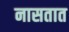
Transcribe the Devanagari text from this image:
नासतात